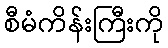
စီမံကိန်းကြီးကို